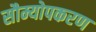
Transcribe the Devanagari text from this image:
सौम्योपकरण